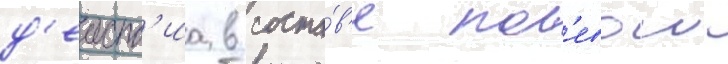
д'еиств'иа в соста́в'е пол'евои